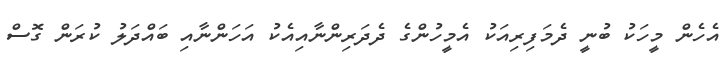
އެހެން މީހަކު ބުނީ ދެމަފިރިއަކު އެމީހުންގެ ދެދަރިިންނާއިއެކު އަހަންނާއި ބައްދަލު ކުރަން ގޮސް